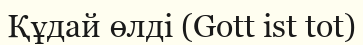
Құдай өлді (Gott ist tot)